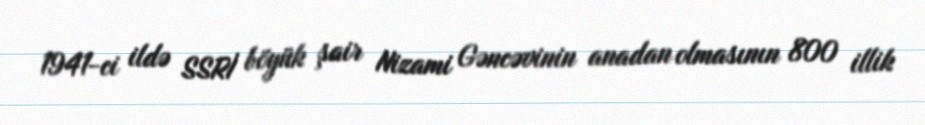
1941-ci ildə SSRİ böyük şair Nizami Gəncəvinin anadan olmasının 800 illik